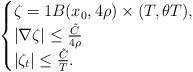
LaTeX: \begin{align*}\begin{cases} \zeta = 1 B(x_0,4\rho)\times (T,\theta T),\\|\nabla \zeta| \le \frac {\tilde{C}}{4\rho} \\|\zeta_t| \le \frac{\tilde{C}}{ T}.\end{cases}\end{align*}